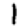
Digit: 1